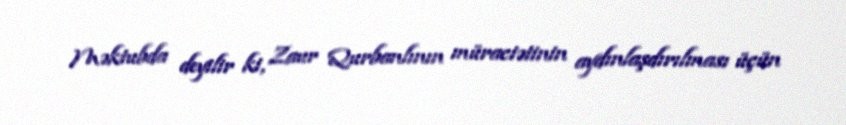
Məktubda deyilir ki, Zaur Qurbanlının müraciətinin aydınlaşdırılması üçün